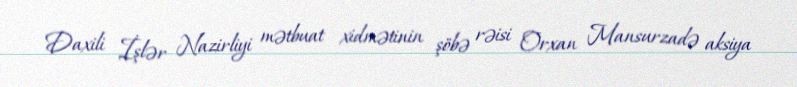
Daxili İşlər Nazirliyi mətbuat xidmətinin şöbə rəisi Orxan Mansurzadə aksiya